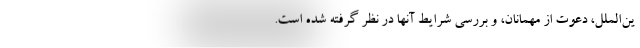
ین‌الملل، دعوت از مهمانان، و بررسی شرایط آنها در نظر گرفته شده است.